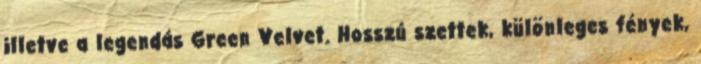
illetve a legendás Green Velvet. Hosszú szettek, különleges fények,